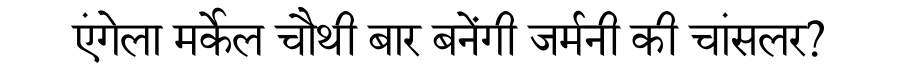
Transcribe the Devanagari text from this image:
एंगेला मर्केल चौथी बार बनेंगी जर्मनी की चांसलर?